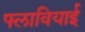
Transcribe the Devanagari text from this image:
फ्लावियाई